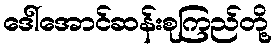
ဒေါ်အောင်ဆန်းစုကြည်တို့